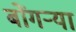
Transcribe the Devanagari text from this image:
बोंगऱ्या